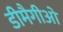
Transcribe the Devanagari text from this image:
डीमैगीओ